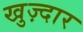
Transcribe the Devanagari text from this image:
खुज़्दार